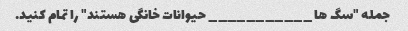
جمله "سگ ها ___________ حیوانات خانگی هستند" را تمام کنید.